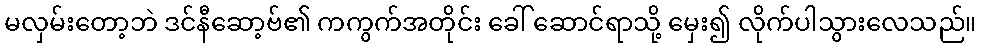
မလှမ်းတော့ဘဲ ဒင်နီဆော့ဗ်၏ ကကွက်အတိုင်း ခေါ် ဆောင်ရာသို့ မှေး၍ လိုက်ပါသွားလေသည်။